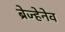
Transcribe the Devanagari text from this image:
ब्रेज्हेनेव